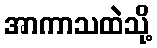
အာကာသထဲသို့